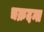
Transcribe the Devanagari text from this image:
चक्रदन्त